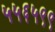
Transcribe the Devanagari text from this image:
५५६५९९